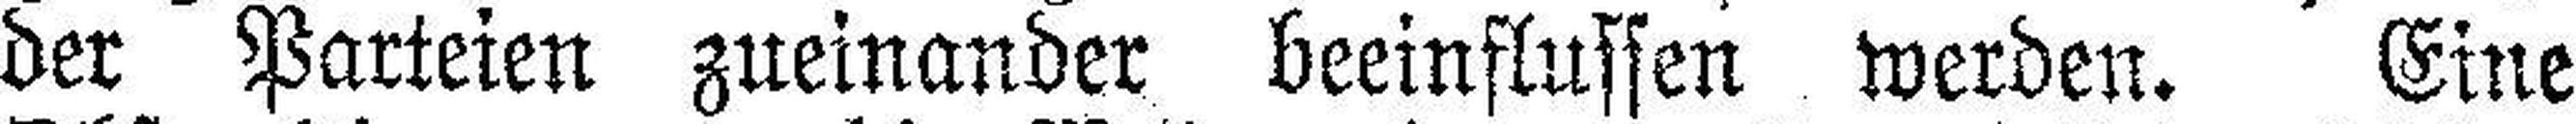
der Parteien zueinander beeinflussen werden. Eine